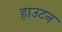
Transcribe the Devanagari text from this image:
हाउटन